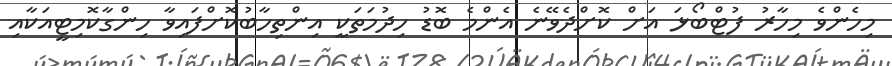
މިހެންވެ މިހާރު ފުޓްބޯޅަ އަށް ކޮށްދެވޭނެ އެންމެ ބޮޑު ހިދުމަތަކީ އިންތިހާބުކޮށްފައިވާ ހިންގާކޮމިޓީއަކާއި